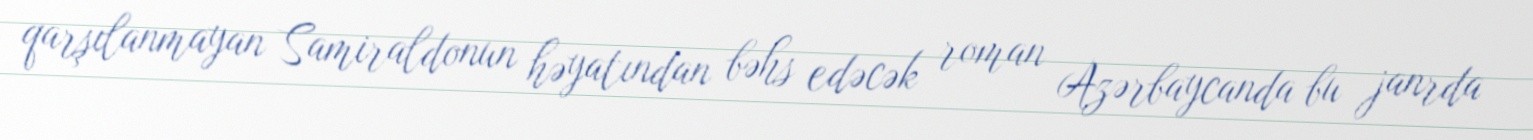
qarşılanmayan Samiraldonun həyatından bəhs edəcək roman Azərbaycanda bu janrda